Lunatic asylums Punjab 1881-1894 - 1881-1894
Year: 1881
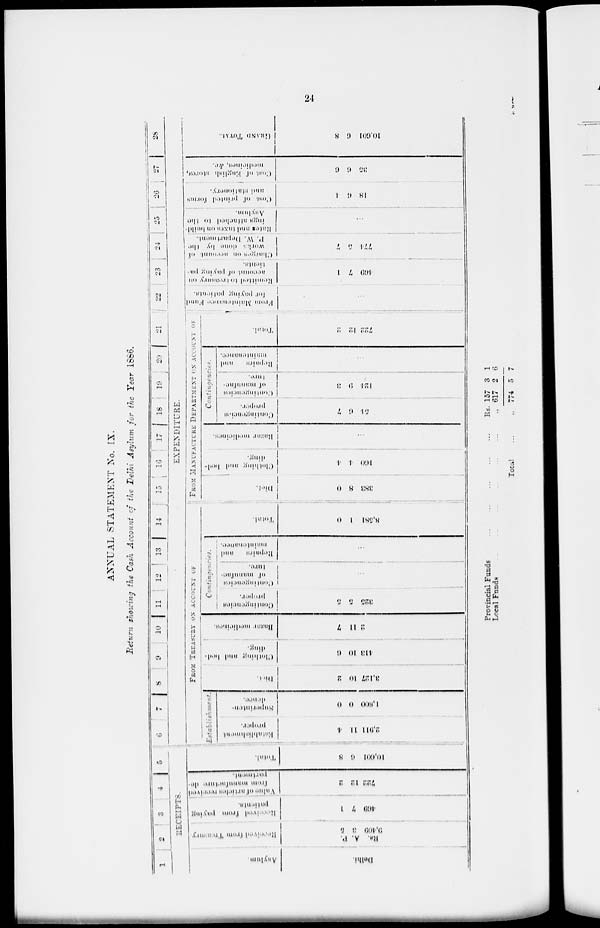
24
ANNUAL STATEMENT No. IX.
Return showing the Cash Account of the Delhi Asylum for the Year 1886.
1
2
3
4 5
RECEIPTS.
Asylum.
Delhi.
Received from Treasury.
P.
A.
Rs.
6
3
9,409
Received from paying
patients.
1
7
469
Value
of articles received
from manufacture de-
partment
2
12
722
Total.
8
6
10,601
6
7 8 9 10 11 12 13 14 15 16 17
18
19 20
21 22 23 24 25 26 27 28
EXPENDITURE.
FROM TREASURY ON ACCOUNT OF
Establishment
proper.
4
11
2,911
Suprienten-
dence.
0
0
1,800
Diet.
2
10
3,127
Clothing and bud-
ding.
6
10
418
Bazar medicines.
7
11
2
Contingencies.
Contingencies
proper.
5
5
325
Contingencies
of manufactu-
ture.
...
Repairs and
maintenance.
...
Total.
0
1
8,581
FROM MANUFACTURE
ON ACCOUNT OF
Diet.
0
8
388
Clothing and bod-
ding.
4
4
160
Bazar medicincs.
...
Contingencies.
Contingencies
proper.
7
6
54
Contingencies
of manufac-
ture.
8
9
124
Repairs and
maintenance
...
Total.
2
12
722
From Maintenance Fund
for paying patients.
...
Remitted
to treasury on
account of paying pa-
tients.
1
7
460
Charges on account of
works
clone by the
P. W. Department.
7
5
774
Hates and taxes on build-
ing attached to the
Asylum.
...
Cost of printed forma
and stationery.
4
6
18
Cost of English stores,
medicines, &c.
6
6
35
GRAND TOTAL.
8
6
10,601
Provincial Funds ...
Local Funds ... ... .. ... ...
Total
---
„
„
157
617
774
3
2
5
1
6
7